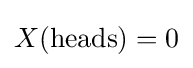
{\textstyle X({\text{heads}})=0}